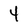
Character: 4